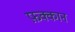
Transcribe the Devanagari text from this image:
फ़क्कान